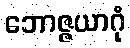
ဘောဇ္ဇယာဂုံ